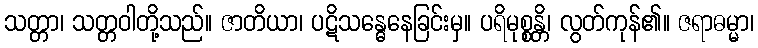
သတ္တာ၊ သတ္တဝါတို့သည်။ ဇာတိယာ၊ ပဋိသန္ဓေနေခြင်းမှ။ ပရိမုစ္စန္တိ၊ လွတ်ကုန်၏။ ဇရာဓမ္မာ၊